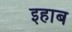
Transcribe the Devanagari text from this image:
इहाब